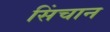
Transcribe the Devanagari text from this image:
सिंचान